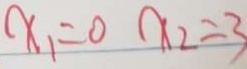
x _ { 1 } = 0 x _ { 2 } = 3